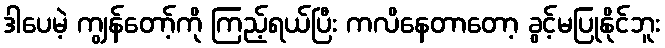
ဒါပေမဲ့ ကျွန်တော့်ကို ကြည့်ရယ်ပြီး ကလိနေတာတော့ ခွင့်မပြုနိုင်ဘူး